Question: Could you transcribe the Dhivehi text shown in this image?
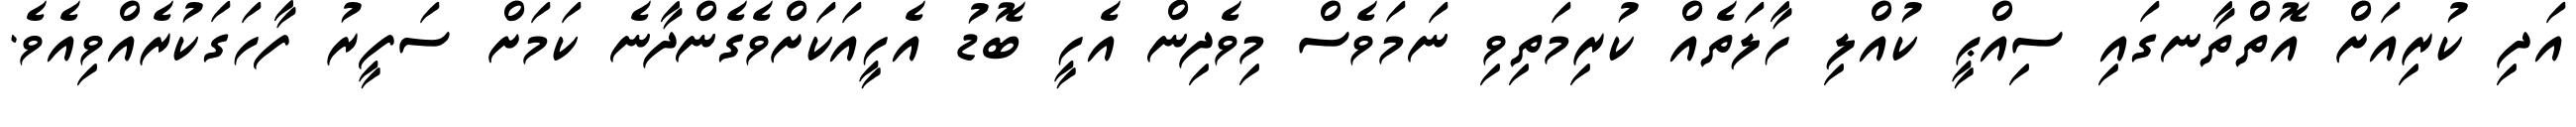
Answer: އަދި ކުރިއަށް އޮތްތާނގައި ސިއްޙީ ކުއްލި ހާލަތެއް ކުރިމަތިވި ނަމަވެސް މިވެދިން އެހީ ބޮޑު އެހީއަކަށްވެގެންދާނެ ކަމަށް ސަފީރު ފާހަގަކުރެއްވިއެވެ.